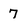
Character: 7